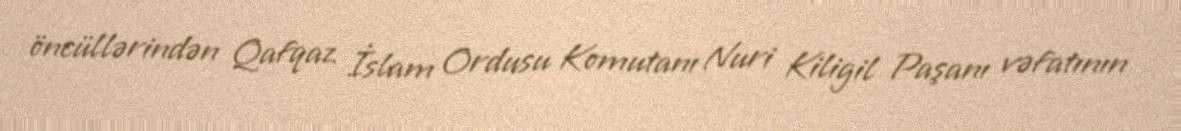
öncüllərindən Qafqaz İslam Ordusu Komutanı Nuri Kiligil Paşanı vəfatının